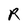
Character: R